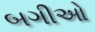
બગીઓ